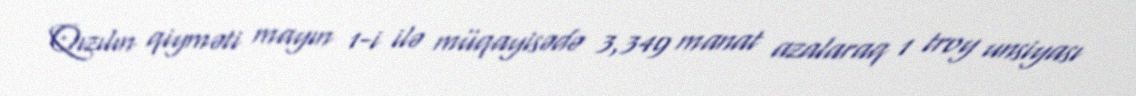
Qızılın qiyməti mayın 1-i ilə müqayisədə 3,349 manat azalaraq 1 troy unsiyası